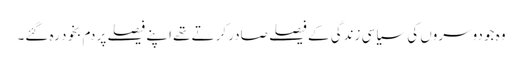
وہ جو دوسروں کی سیاسی زندگی کے فیصلے صادر کرتے تھے اپنے فیصلے پر دم بخود رہ گئے۔